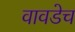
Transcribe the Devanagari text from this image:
वावडेच